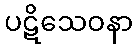
ပဋိသေဝနာ